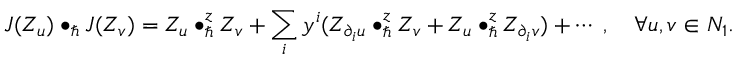
J ( Z _ { u } ) \bullet _ { \hbar } J ( Z _ { v } ) = Z _ { u } \bullet _ { \hbar } ^ { z } Z _ { v } + \sum _ { i } y ^ { i } ( Z _ { \partial _ { i } u } \bullet _ { \hbar } ^ { z } Z _ { v } + Z _ { u } \bullet _ { \hbar } ^ { z } Z _ { \partial _ { i } v } ) + \cdots \; , \quad \forall u , v \in N _ { 1 } .